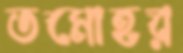
তমোহর